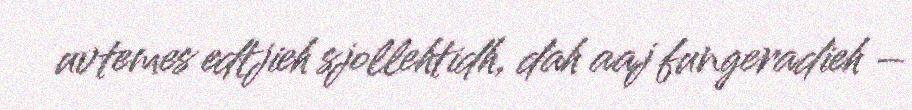
uvtemes edtjieh sjollehtidh, dah aaj fungeradieh –